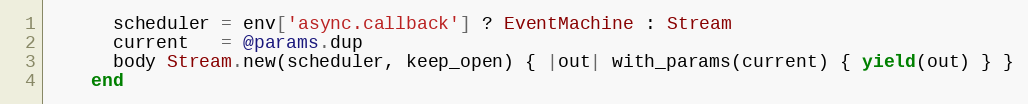
Language: Ruby
      scheduler = env['async.callback'] ? EventMachine : Stream
      current   = @params.dup
      body Stream.new(scheduler, keep_open) { |out| with_params(current) { yield(out) } }
    end